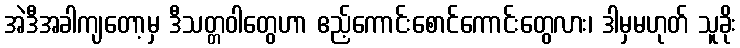
အဲဒီအခါကျတော့မှ ဒီသတ္တဝါတွေဟာ ဧည့်ကောင်းစောင်ကောင်းတွေလား၊ ဒါမှမဟုတ် သူခိုး